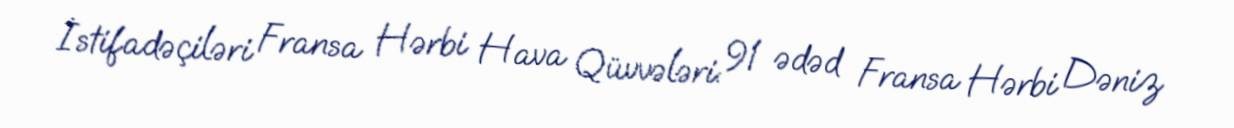
İstifadəçiləri Fransa Hərbi Hava Qüvvələri: 91 ədəd Fransa Hərbi Dəniz